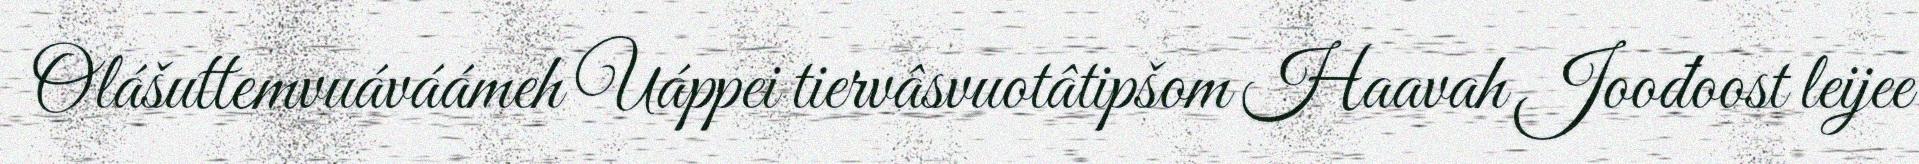
Olášuttemvuáváámeh Uáppei tiervâsvuotâtipšom Haavah Joođoost leijee